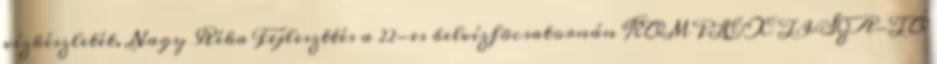
vízkészletét. Nagy Réka Fejleszttés a 22-es belvízfõcsatornán KOMPLEX TISZA-TÓ